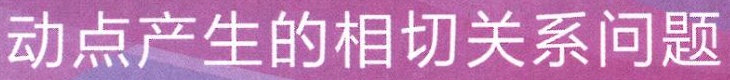
动点产生的相切关系问题